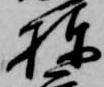
棟